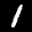
Label: 1